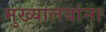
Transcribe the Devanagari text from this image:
मुख्यालयांना